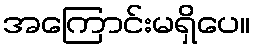
အကြောင်းမရှိပေ။